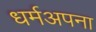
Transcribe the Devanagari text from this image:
धर्मअपना